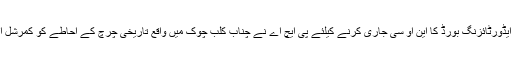
نیوز لائن کے مطابق ایڈورٹائزنگ بورڈ کا این او سی جاری کرنے کیلئے پی ایچ اے نے چناب کلب چوک میں واقع تاریخی چرچ کے احاطے کو کمرشل اراضی بھی قرار دیدیا۔